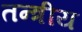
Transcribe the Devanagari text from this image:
तन्त्रीय